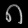
Digit: ၈